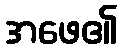
အဖေ၏